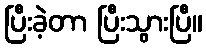
ပြီးခဲ့တာ ပြီးသွားပြီ။